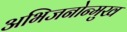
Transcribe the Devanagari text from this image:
अभिजनोन्मुख